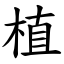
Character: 植